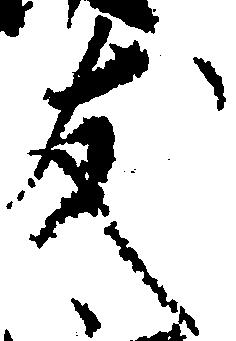
友